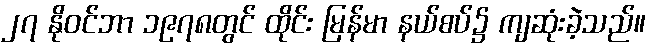
၂၇ နိုဝင်ဘာ ၁၉၇၈တွင် ထိုင်း မြန်မာ နယ်စပ်၌ ကျဆုံးခဲ့သည်။